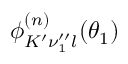
\phi _ { K ^ { \prime } \nu _ { 1 } ^ { \prime \prime } l } ^ { ( n ) } ( \theta _ { 1 } )